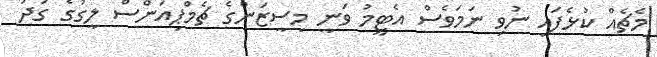
މެޗެއް ކުޅެފައި ނުވި ނަމަވެސް އެޓީމު ވަނީ މިސީޒަންގެ ޗެމްޕިއަންސް ލީގުގެ ގަދަ